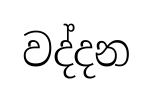
වද්දන